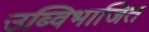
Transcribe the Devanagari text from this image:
उब्विभाजित